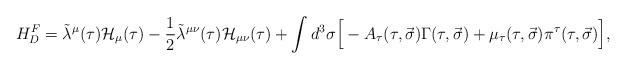
LaTeX: \begin{align*}H^F_D = \tilde{\lambda}^\mu(\tau) {\cal H}_\mu(\tau) - \frac 12 \tilde{\lambda}^{\mu \nu}(\tau) {\cal H}_{\mu \nu}(\tau) + \int{d^3\sigma \Big[ -A_\tau (\tau, \vec{\sigma}) \Gamma (\tau, \vec{\sigma}) + \mu_\tau (\tau,\vec{\sigma}) \pi^\tau (\tau, \vec{\sigma}) \Big] }, \end{align*}